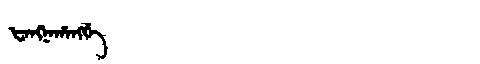
Manchu: ᡶᠠᠩᠨᠠᡥᠠᠩᡤᡝ
Romanization: FANGNAHANGGE